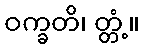
ဝက္ခတိ၊ တ္တံ့။